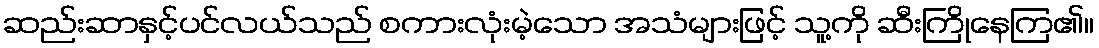
ဆည်းဆာနှင့်ပင်လယ်သည် စကားလုံးမဲ့သော အသံများဖြင့် သူ့ကို ဆီးကြိုနေကြ၏။